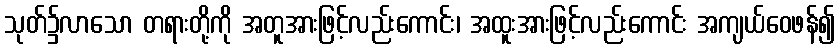
သုတ်၌လာသော တရားတို့ကို အတူအားဖြင့်လည်းကောင်း၊ အထူးအားဖြင့်လည်းကောင်း အကျယ်ဝေဖန်၍